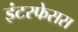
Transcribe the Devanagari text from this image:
इंटरफेसस